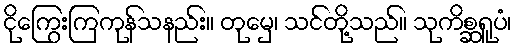
ငိုကြွေးကြကုန်သနည်း။ တုမှေ၊ သင်တို့သည်။ သုကိစ္ဆရူပံ၊